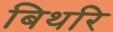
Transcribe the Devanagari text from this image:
बिथरि